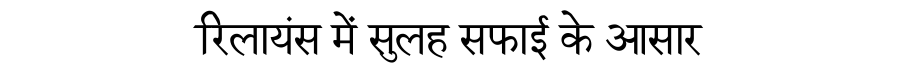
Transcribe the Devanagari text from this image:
रिलायंस में सुलह सफाई के आसार